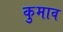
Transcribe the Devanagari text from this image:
कुमाव